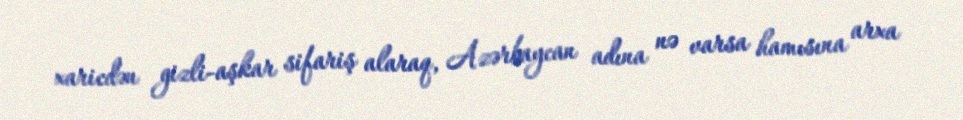
xaricdən gizli-aşkar sifariş alaraq, Azərbaycan adına nə varsa hamısına arxa